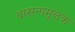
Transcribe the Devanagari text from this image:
वासनामूलक